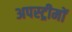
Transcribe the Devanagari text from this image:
अपस्ट्रीमों